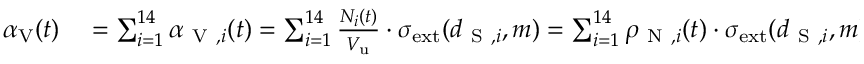
\begin{array} { r l } { \alpha _ { \mathrm { V } } ( t ) } & { { } = \sum _ { i = 1 } ^ { 1 4 } \alpha _ { \mathrm { ~ V ~ } , i } ( t ) = \sum _ { i = 1 } ^ { 1 4 } \frac { N _ { i } ( t ) } { V _ { \mathrm { u } } } \cdot \sigma _ { \mathrm { e x t } } ( d _ { \mathrm { ~ S ~ } , i } , m ) = \sum _ { i = 1 } ^ { 1 4 } \rho _ { \mathrm { ~ N ~ } , i } ( t ) \cdot \sigma _ { \mathrm { e x t } } ( d _ { \mathrm { ~ S ~ } , i } , m ) } \end{array}